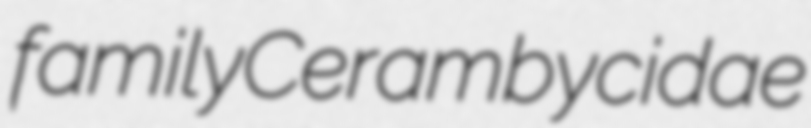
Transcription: family Cerambycidae